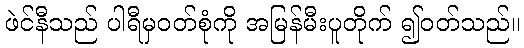
ဖဲင်နီသည် ပါရီမှဝတ်စုံကို အမြန်မီးပူတိုက် ၍ဝတ်သည်။